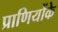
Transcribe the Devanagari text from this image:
प्राणियोंके